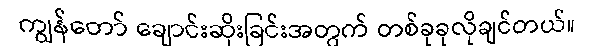
ကျွန်တော် ချောင်းဆိုးခြင်းအတွက် တစ်ခုခုလိုချင်တယ်။